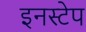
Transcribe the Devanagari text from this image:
इनस्टेप